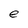
Character: e